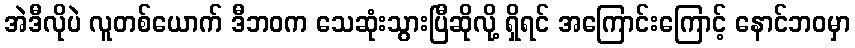
အဲဒီလိုပဲ လူတစ်ယောက် ဒီဘဝက သေဆုံးသွားပြီဆိုလို့ ရှိရင် အကြောင်းကြောင့် နောင်ဘဝမှာ